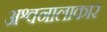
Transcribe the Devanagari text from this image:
अश्वनालाकार